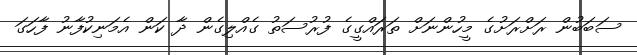
ސަބަބުން ރަށްރަށުގެ މީހުންނަށް ތަރައްގީގެ ފުރުސަތު ގެއްލިގެން ދާ ކަން އެމަނިކުފާނު ފާހަގަ